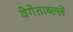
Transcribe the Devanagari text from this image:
वेगेताब्ल्ले